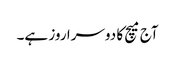
آج میچ کا دوسرا روز ہے۔